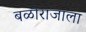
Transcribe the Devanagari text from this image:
बळीराजाला